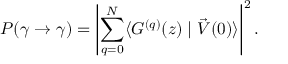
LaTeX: P ( \gamma \rightarrow \gamma ) = \left| \sum _ { q = 0 } ^ { N } \langle G ^ { ( q ) } ( z ) \mid \vec { \cal V } ( 0 ) \rangle \right| ^ { 2 } .